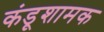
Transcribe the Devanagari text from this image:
कंडूशामक